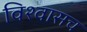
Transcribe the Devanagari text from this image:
विश्वासच